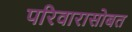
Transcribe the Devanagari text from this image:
परिवारासोबत